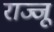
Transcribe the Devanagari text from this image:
राज्जू